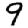
Digit: 9